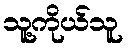
သူ့ကိုယ်သူ